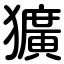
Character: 獷